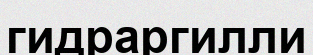
гидраргилли